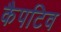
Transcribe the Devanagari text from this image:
कैपटिव